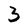
Character: 3